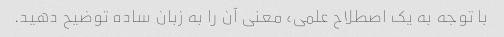
با توجه به یک اصطلاح علمی، معنی آن را به زبان ساده توضیح دهید.